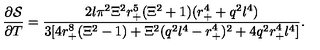
\frac { \partial \mathcal { S } } { \partial T } = \frac { 2 l \pi ^ { 2 } \Xi ^ { 2 } r _ { + } ^ { 5 } ( \Xi ^ { 2 } + 1 ) ( r _ { + } ^ { 4 } + q ^ { 2 } l ^ { 4 } ) } { 3 [ 4 r _ { + } ^ { 8 } ( \Xi ^ { 2 } - 1 ) + \Xi ^ { 2 } ( q ^ { 2 } l ^ { 4 } - r _ { + } ^ { 4 } ) ^ { 2 } + 4 q ^ { 2 } r _ { + } ^ { 4 } l ^ { 4 } ] } .